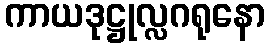
ကာယဒုဋ္ဌုလ္လဂရုနော